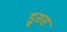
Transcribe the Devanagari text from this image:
ड्रुसस